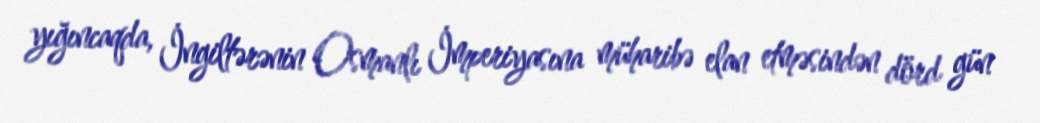
yığıncaqda, İngiltərənin Osmanlı İmperiyasına müharibə elan etməsindən dörd gün